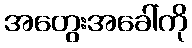
အတွေးအခေါ်ကို